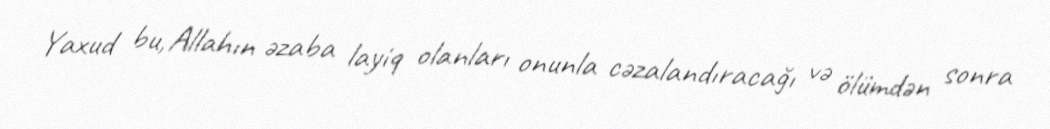
Yaxud bu, Allahın əzaba layiq olanları onunla cəzalandıracağı və ölümdən sonra